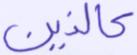
كالذين